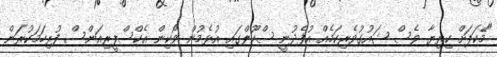
"މޭކަޕަށް ކިރިޔާ ވެސް ޝައުގުވެރިކަމެއް އުފެދުނީ ސްކޫލްގައި އުޅެމުން ވޯކިން އެކްސްޕީރިއަންސް ފުރިހަމަކުރަން